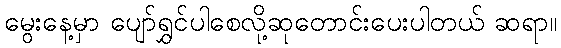
မွေးနေ့မှာ ပျော်ရွှင်ပါစေလို့ဆုတောင်းပေးပါတယ် ဆရာ။